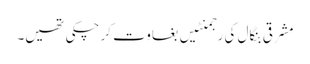
مشرقی بنگال کی رجمنٹیں بغاوت کر چکی تھیں۔